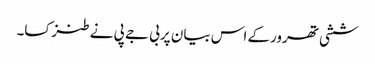
ششی تھرورکے اس بیان پربی جے پی نے طنزکسا۔